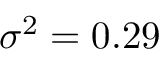
\sigma ^ { 2 } = 0 . 2 9